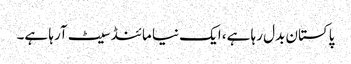
پاکستان بدل رہا ہے، ایک نیا مائنڈ سیٹ آرہا ہے۔